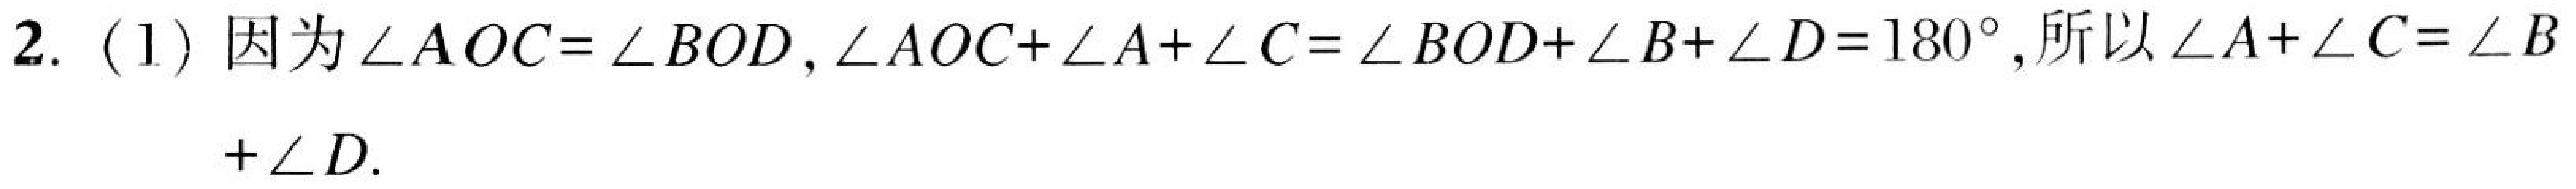
2. (1) 因为$\angle AOC = \angle BOD,\angle AOC+\angle A+\angle C=\angle BOD+\angle B+\angle D = 180^{\circ}$,所以$\angle A+\angle C=\angle B+\angle D$.